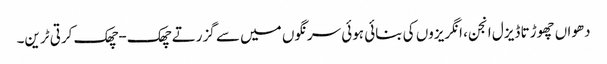
دھواں چھوڑتا ڈیزل انجن، انگریزوں کی بنائی ہوئی سرنگوں میں سے گزرتے چھک-چھک کرتی ٹرین۔